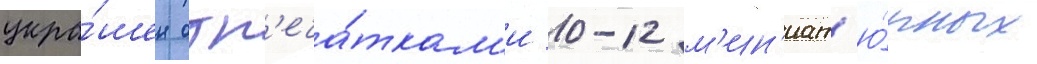
укра́шен отп'еча́ткам'и 10-12 м'ин'иат'ю́рных